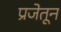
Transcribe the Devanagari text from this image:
प्रजेतून